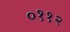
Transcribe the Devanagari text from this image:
०११२